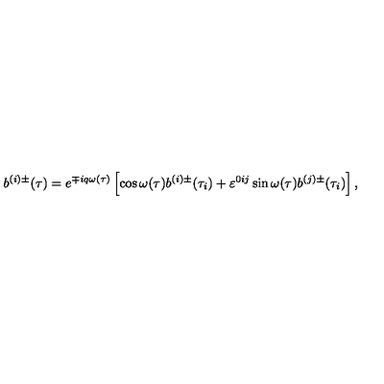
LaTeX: b ^ { ( i ) \pm } ( \tau ) = e ^ { \mp i q \omega ( \tau ) } \left[ \cos \omega ( \tau ) b ^ { ( i ) \pm } ( \tau _ { i } ) + \varepsilon ^ { 0 i j } \sin \omega ( \tau ) b ^ { ( j ) \pm } ( \tau _ { i } ) \right] ,